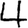
Digit: 4